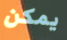
يمكن